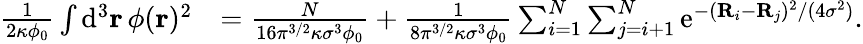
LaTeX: \begin{array}{rl}{\frac{1}{2\kappa\phi_{0}}\int\mathrm{d}^{3}\mathbf{r}\, \phi(\mathbf{r})^{2}}&{=\frac{N}{16\pi^{3/2}\kappa\sigma^{3}\phi_{0}}+\frac{1}{8\pi^{3/2}\kappa\sigma^{3}\phi_{0}}\sum_{i=1}^{N}\sum_{j=i+1}^{N}\mathrm{e}^{-(\mathbf{R}_{i}-\mathbf{R}_{j})^{2}/(4\sigma^{2})}.}\end{array}